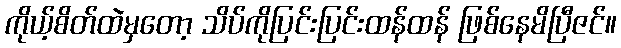
ကိုယ့်စိတ်ထဲမှတော့ သိပ်ကိုပြင်းပြင်းထန်ထန် ဖြစ်နေမိပြီဇင်။